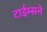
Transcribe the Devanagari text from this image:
टाईम्सने